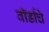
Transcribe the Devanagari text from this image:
वॉर्डांचे